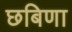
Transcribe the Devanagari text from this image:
छबिणा